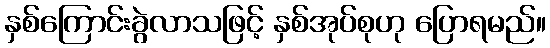
နှစ်ကြောင်းခွဲလာသဖြင့် နှစ်အုပ်စုဟု ပြောရမည်။